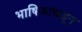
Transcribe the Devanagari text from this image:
भाषिकांकडून